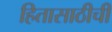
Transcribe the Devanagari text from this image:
हितासाठीची